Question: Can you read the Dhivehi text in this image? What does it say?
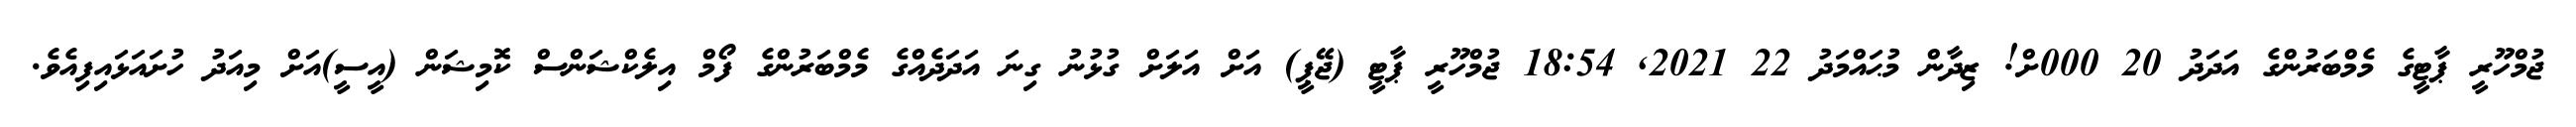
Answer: ޖުމްހޫރީ ޕާޓީގެ މެމްބަރުންގެ އަދަދު 20 000ށް! ޒިދާން މުޙައްމަދު 22 2021, 18:54 ޖުމްހޫރީ ޕާޓީ (ޖޭޕީ) އަށް އަލަށް ގުޅުނު ގިނަ އަދަދެއްގެ މެމްބަރުންގެ ފޯމް އިލެކްޝަންސް ކޮމިޝަން (އީސީ)އަށް މިއަދު ހުށައަޅައިފިއެވެ.